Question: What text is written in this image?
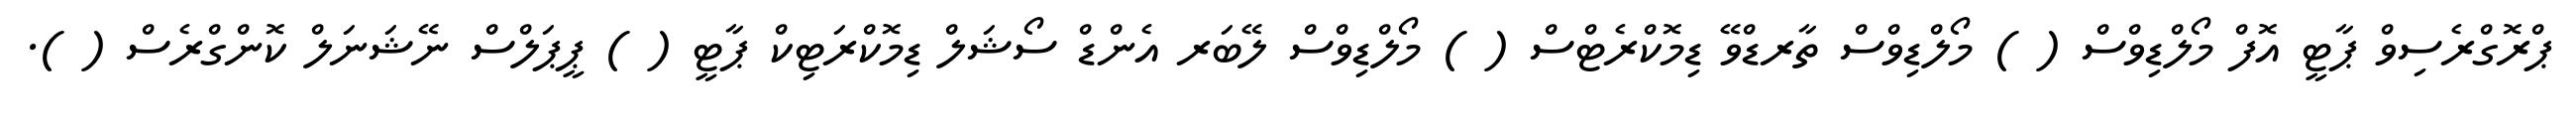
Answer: ޕްރޮގްރެސިވް ޕާޓީ އޮފް މޯލްޑިވްސް ( ) މޯލްޑިވްސް ތާރޑްވޭ ޑިމޮކްރެޓްސް ( ) މޯލްޑިވްސް ލޭބަރ އެންޑް ސޯޝަލް ޑިމޮކްރަޓިކް ޕާޓީ ( ) ޕީޕަލްސް ނޭޝަނަލް ކޮންގްރެސް ( ).